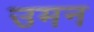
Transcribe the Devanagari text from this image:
उमन